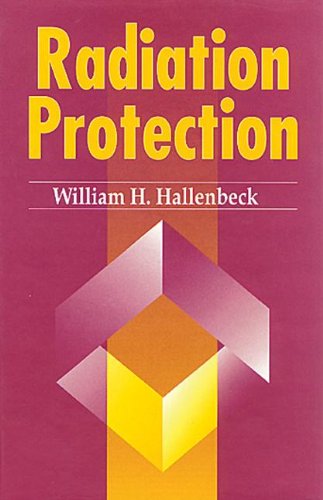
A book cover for Radiation Protection; William H. Hallenbeck; Science & Math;